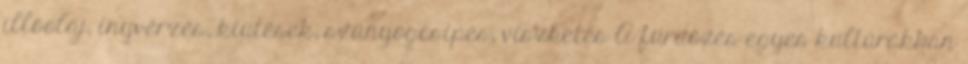
illóolaj, ínyvérzés, kiütések, szúnyogcsípés, viszketés A fürdőzés egyes kultúrákban